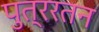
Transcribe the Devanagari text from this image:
पुत्ररतन